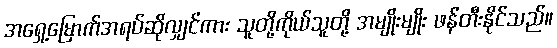
အရှေ့မြောက်အရပ်ဆိုလျှင်ကား သူတို့ကိုယ်သူတို့ အမျိုးမျိုး ဖန်တီးနိုင်သည်။